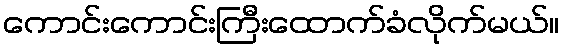
ကောင်းကောင်းကြီးထောက်ခံလိုက်မယ်။